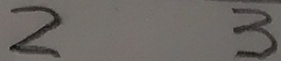
2 3